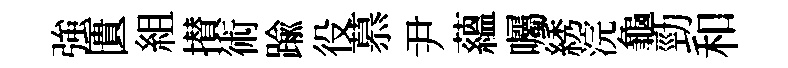
強匱組攅術踰役慕尹藴囑綉浣龜勁和